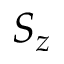
S _ { z }